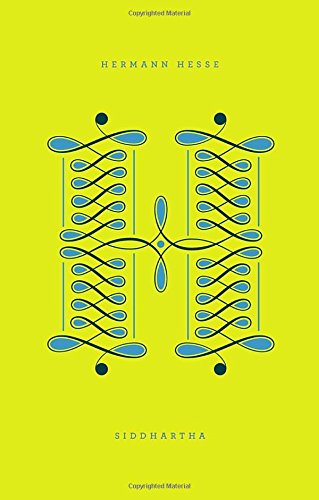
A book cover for Siddhartha (Penguin Drop Caps); Hermann Hesse; Literature & Fiction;